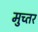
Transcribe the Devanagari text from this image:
मुच्तर